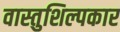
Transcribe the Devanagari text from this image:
वास्तुशिल्पकार